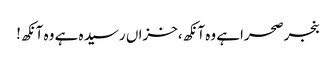
بنجرصحراہے وہ آنکھ،خزاں رسید ہ ہے وہ آنکھ!